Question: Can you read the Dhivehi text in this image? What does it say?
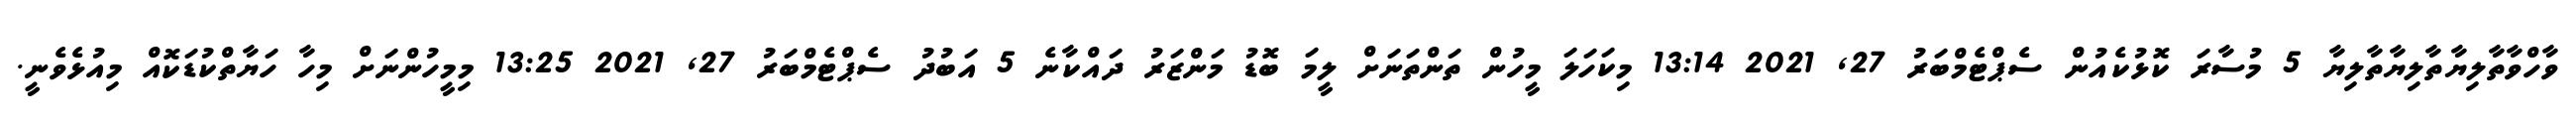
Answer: ވާހްވާތާލިޔާތާލިޔާތާލިޔާ 5 މުސާރަ ކޮޅުކެއުން ސެޕްޓެމްބަރު 27, 2021 13:14 މިކަހަލަ މީހުން ތަންތަނަށް ލީމަ ބޮޑު މަންޒަރު ދައްކާނެ 5 އަބުދު ސެޕްޓެމްބަރު 27, 2021 13:25 މިމީހުންނަށް މިހާ ހަޔާތްކުޑަކޮއް މިއުޅެވެނީ.